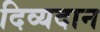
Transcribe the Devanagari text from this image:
दिव्यदान